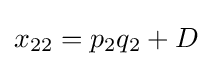
x_{22}=p_{2}q_{2}+D